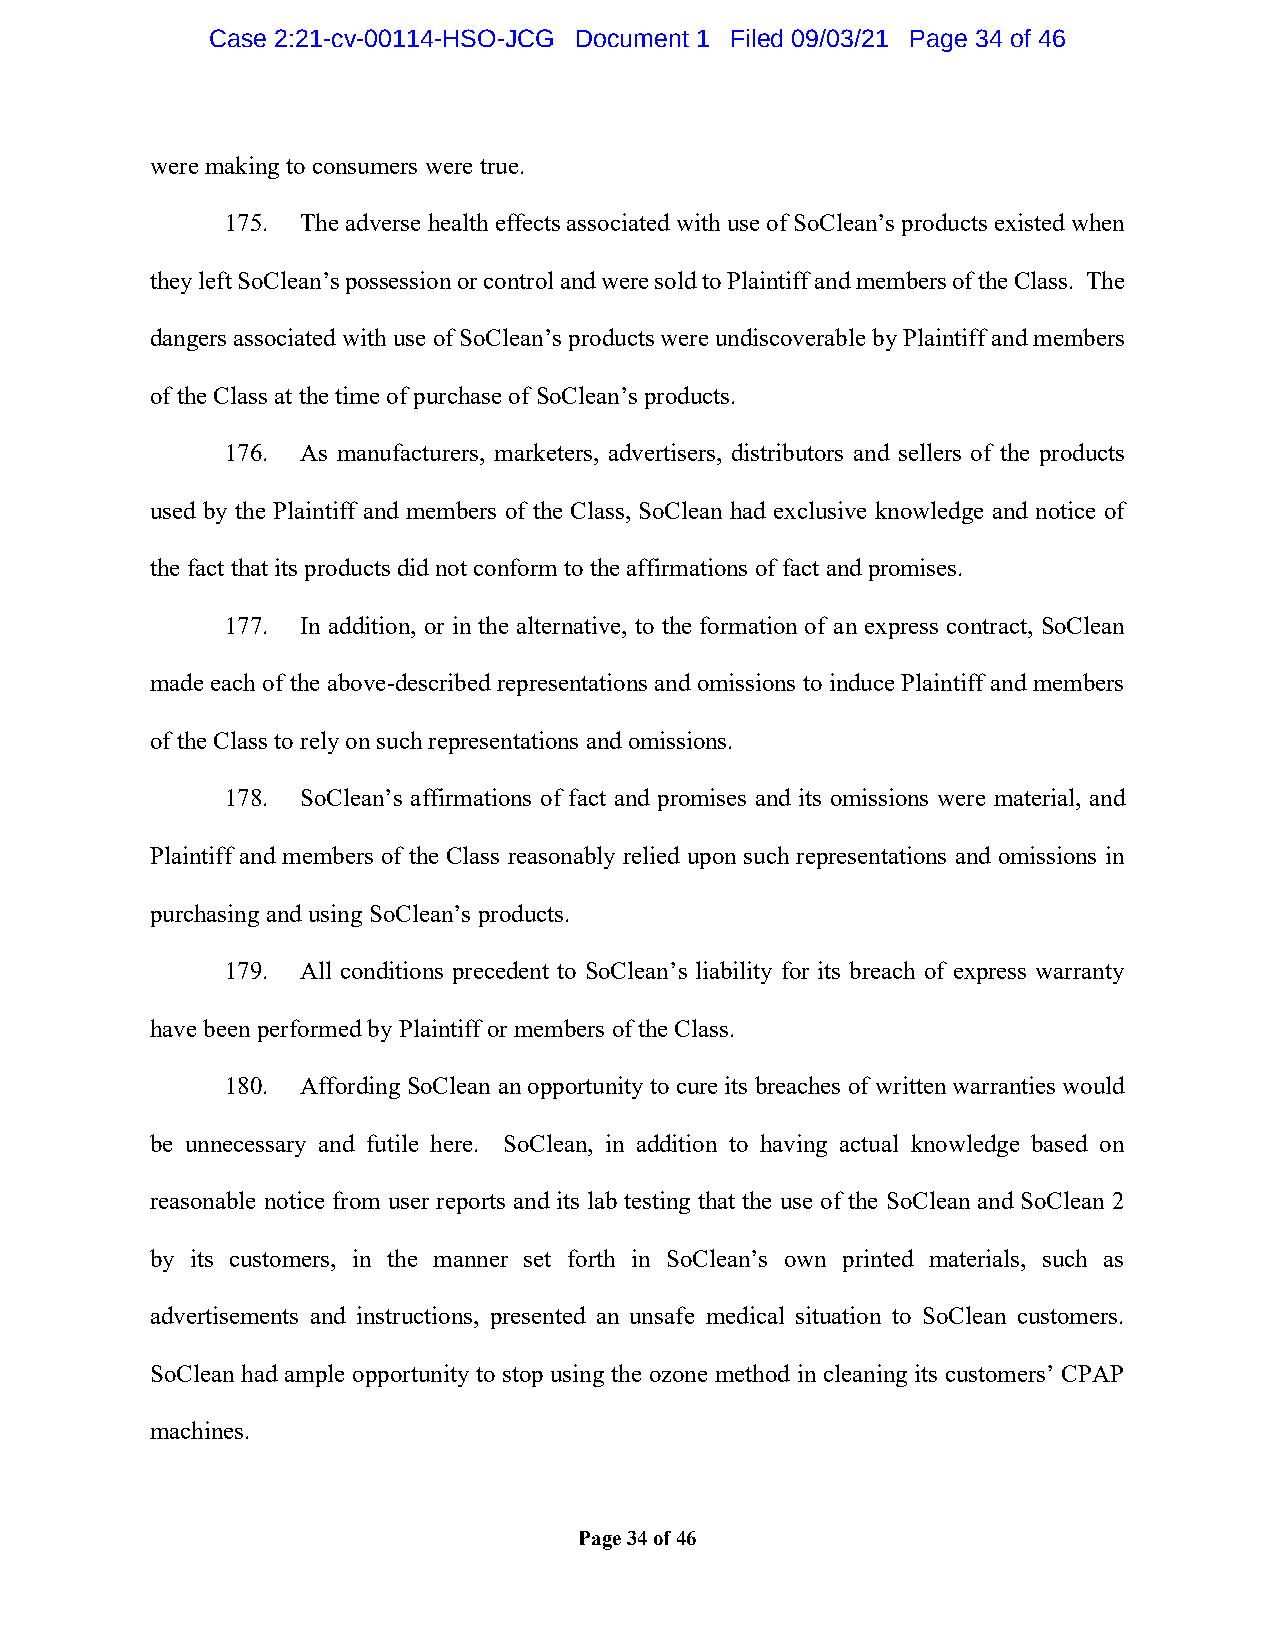
Case 2:21-cv-00114-HSO-JCG Document 1 Filed 09/03/21 Page 34 of 46
 were making to consumers were true.
 175. The adverse health effects associated with use of SoClean’s products existed when
 they left SoClean’s possession or control and were sold to Plaintiff and members of the Class. The
 dangers associated with use of SoClean’s products were undiscoverable by Plaintiff and members
 of the Class at the time of purchase of SoClean’s products.
 176. As manufacturers, marketers, advertisers, distributors and sellers of the products
 used by the Plaintiff and members of the Class, SoClean had exclusive knowledge and notice of
 the fact that its products did not conform to the affirmations of fact and promises.
 177. In addition, or in the alternative, to the formation of an express contract, SoClean
 made each of the above-described representations and omissions to induce Plaintiff and members
 of the Class to rely on such representations and omissions.
 178. SoClean’s affirmations of fact and promises and its omissions were material, and
 Plaintiff and members of the Class reasonably relied upon such representations and omissions in
 purchasing and using SoClean’s products.
 179. All conditions precedent to SoClean’s liability for its breach of express warranty
 have been performed by Plaintiff or members of the Class.
 180. Affording SoClean an opportunity to cure its breaches of written warranties would
 be unnecessary and futile here. SoClean, in addition to having actual knowledge based on
 reasonable notice from user reports and its lab testing that the use of the SoClean and SoClean 2
 by its customers, in the manner set forth in SoClean’s own printed materials, such as
 advertisements and instructions, presented an unsafe medical situation to SoClean customers.
 SoClean had ample opportunity to stop using the ozone method in cleaning its customers’ CPAP
 machines.
 Page 34 of 46